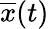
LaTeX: {\overline{{x}}}(t)